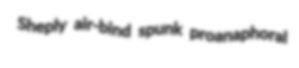
Sheply air-bind spunk proanaphoral